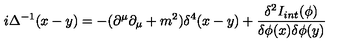
i \Delta ^ { - 1 } ( x - y ) = - { ( \partial ^ { \mu } \partial _ { \mu } + m ^ { 2 } ) } { \delta ^ { 4 } ( x - y ) } + { \frac { \delta ^ { 2 } I _ { i n t } ( \phi ) } { \delta \phi ( x ) \delta \phi ( y ) } }